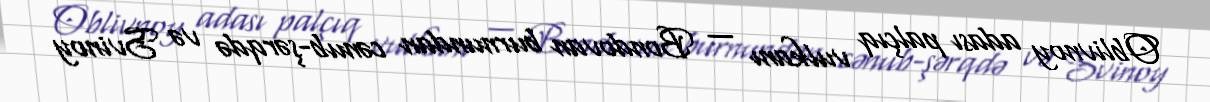
Oblivnoy adası palçıq vulkanı — Bondovan burnundan cənub-şərqdə və Svinoy